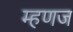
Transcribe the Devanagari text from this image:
म्हणज